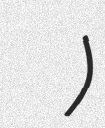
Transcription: هما هودفر)